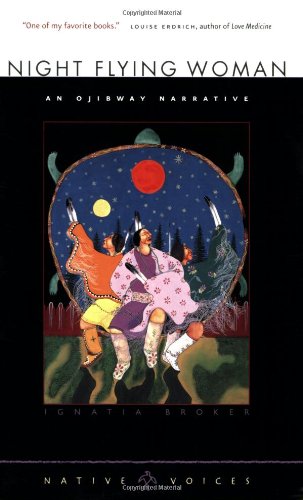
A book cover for Night Flying Woman: An Ojibway Narrative (Native Voices); Ignatia Broker; Biographies & Memoirs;